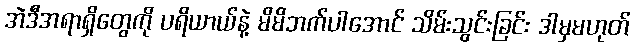
အဲဒီအရာရှိတွေကို ပရိယာယ်နဲ့ မိမိဘက်ပါအောင် သိမ်းသွင်းခြင်း ဒါမှမဟုတ်